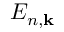
E _ { n , \mathbf { k } }